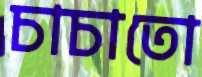
চাচাতো